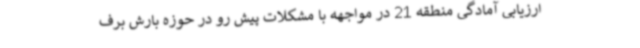
ارزیابی آمادگی منطقه 21 در مواجهه با مشکلات پیش رو در حوزه بارش برف